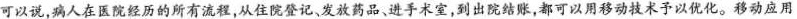
可以说，病人在医院经历的所有流程，从住院登记、发放药品、进手术室，到出院结，都可以用移动技术予以优化。移动应用